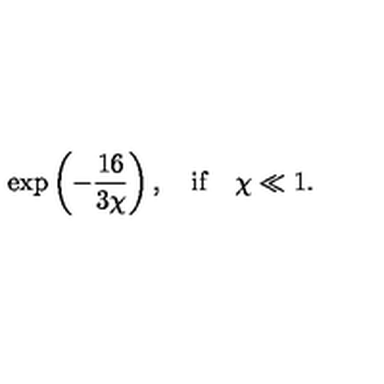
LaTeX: \exp \left( - \frac { 1 6 } { 3 \chi } \right) , \quad \mathrm { i f } \quad \chi \ll 1 .